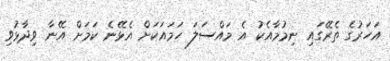
އަހަރުގެ ތެރޭގައި ނިމުމާއެކު އެ މައްސަލަ ހަަމައަކަށް އެޅޭނެ ކަމަށް އޭނާ ވިދާޅުވި